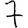
Digit: 7